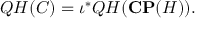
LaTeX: { \cal Q H } ( { \cal C } ) = \iota ^ { * } { \cal Q H } ( { \bf C P } ( { \cal H } ) ) .